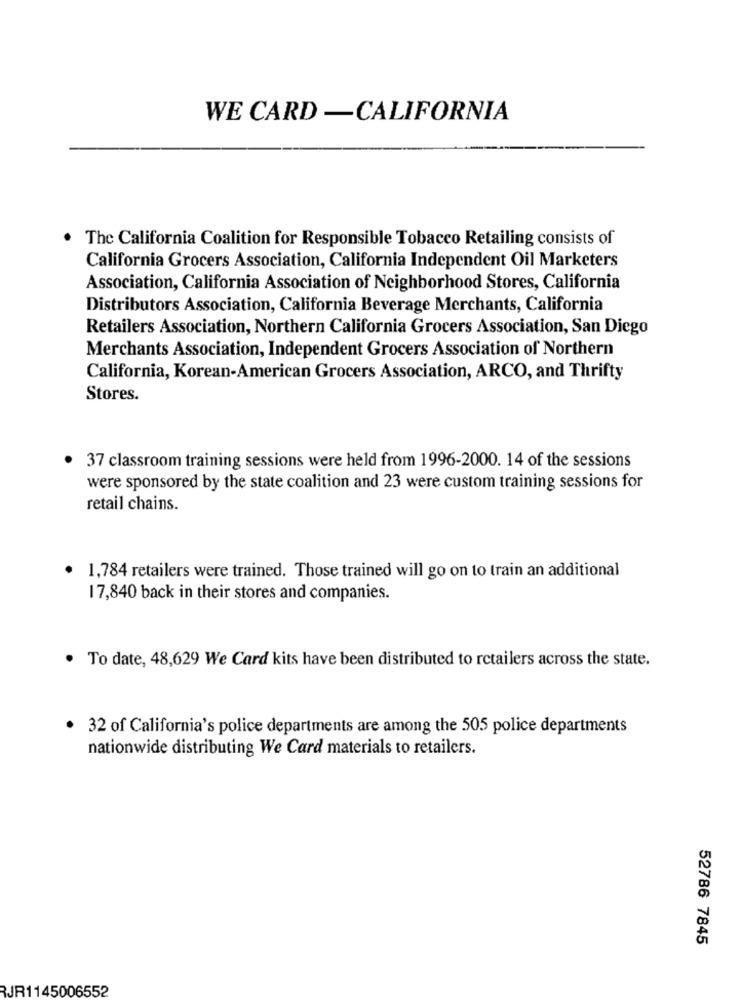
WE CARD -CALIFORNIA
. The California Coalition for Responsible Tobacco Retailing consists of
California Grocers Association, California Independent Oil Marketers
Association, California Association of Neighborhood Stores, California
Distributors Association, California Beverage Merchants, California
Retailers Association, Northern California Grocers Association, San Diego
Merchants Association, Independent Grocers Association of Northern
California, Korean-American Grocers Association, ARCO, and Thrifty
Stores.
37 classroom training sessions were held from 1996-2000. 14 of the sessions
were sponsored by the state coalition and 23 were custom training sessions for
retail chains.
1,784 retailers were trained. Those trained will go on to train an additional
17,840 back in their stores and companies.
· To date, 48,629 We Card kits have been distributed to retailers across the state.
32 of California's police departments are among the 505 police departments
nationwide distributing We Card materials to retailers.
52786 7845
RJR1145006552